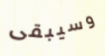
وسيبقى